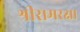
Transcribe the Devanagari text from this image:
श्रीरामरक्षा